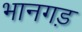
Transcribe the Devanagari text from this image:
भानगड़